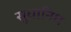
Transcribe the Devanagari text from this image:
सुधानिध